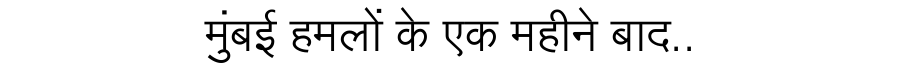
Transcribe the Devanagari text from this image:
मुंबई हमलों के एक महीने बाद..